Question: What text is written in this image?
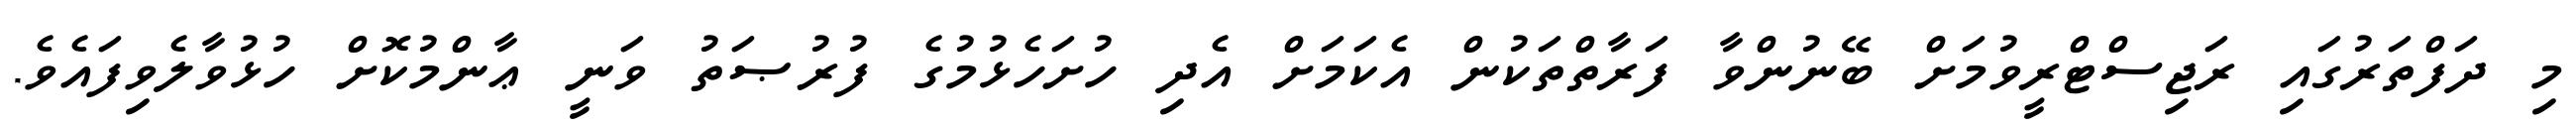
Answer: މި ދަފްތަރުގައި ރަޖިސްޓްރީވުމަށް ބޭނުންވާ ފަރާތްތަކުން އެކަމަށް އެދި ހުށަހެޅުމުގެ ފުރުޞަތު ވަނީ ޢާންމުކޮށް ހުޅުވާލެވިފައެވެ.